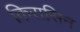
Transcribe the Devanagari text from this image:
किरासिन